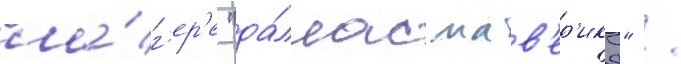
ла́г'ер'е "да́ллас мав'ер'икс" /